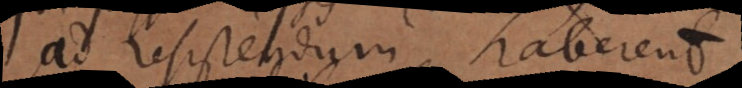
ad resistendum haberent,